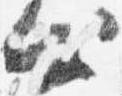
出